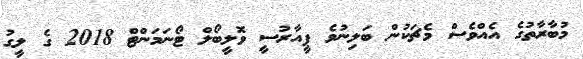
މުބާރާތުގެ އެއްވެސް މެޗަކުން ބަލިނުވެ ޕީއާރުސީ ވޮލީބޯލް ޓޯނަމަންޓް 2018 ގެ ލީގު